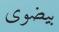
بيضوى